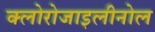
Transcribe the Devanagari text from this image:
क्लोरोजाइलीनोल